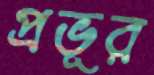
প্রভূর